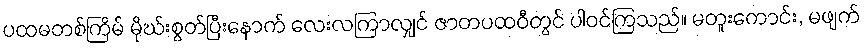
ပထမတစ်ကြိမ် မိုဃ်းစွတ်ပြီးနောက် လေးလကြာလျှင် ဇာတပထဝီတွင် ပါဝင်ကြသည်။ မတူးကောင်း, မဖျက်